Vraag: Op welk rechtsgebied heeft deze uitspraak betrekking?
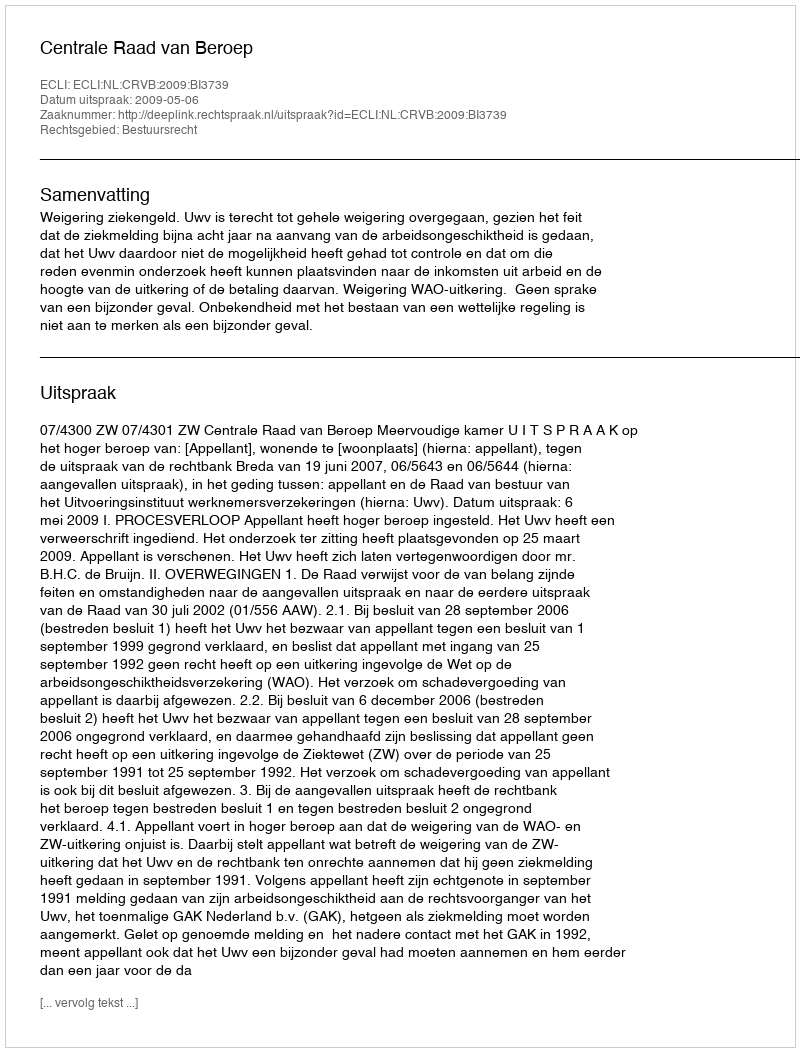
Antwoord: Bestuursrecht